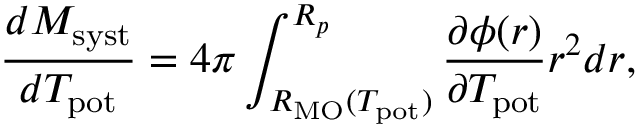
\frac { d M _ { \mathrm { s y s t } } } { d T _ { \mathrm { p o t } } } = 4 \pi \int _ { R _ { \mathrm { M O } } ( T _ { \mathrm { p o t } } ) } ^ { R _ { p } } \frac { \partial \phi ( r ) } { \partial T _ { \mathrm { p o t } } } r ^ { 2 } d r ,